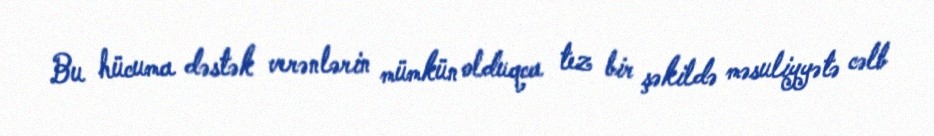
Bu hücuma dəstək verənlərin mümkün olduqca tez bir şəkildə məsuliyyətə cəlb